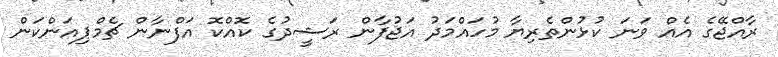
ރާއްޖޭގެ އެއް ވަނަ ކުޅުންތެރިޔާ މުހައްމަދު އަޖުފާން ރަޝީދުގެ ކޮއްކޮ އަފްނާން ޗެމްޕިއަންކަން